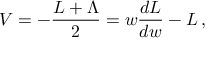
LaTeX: V = - { \frac { { \cal L } + \Lambda } { 2 } } = w { \frac { d { \cal L } } { d w } } - { \cal L } \, ,